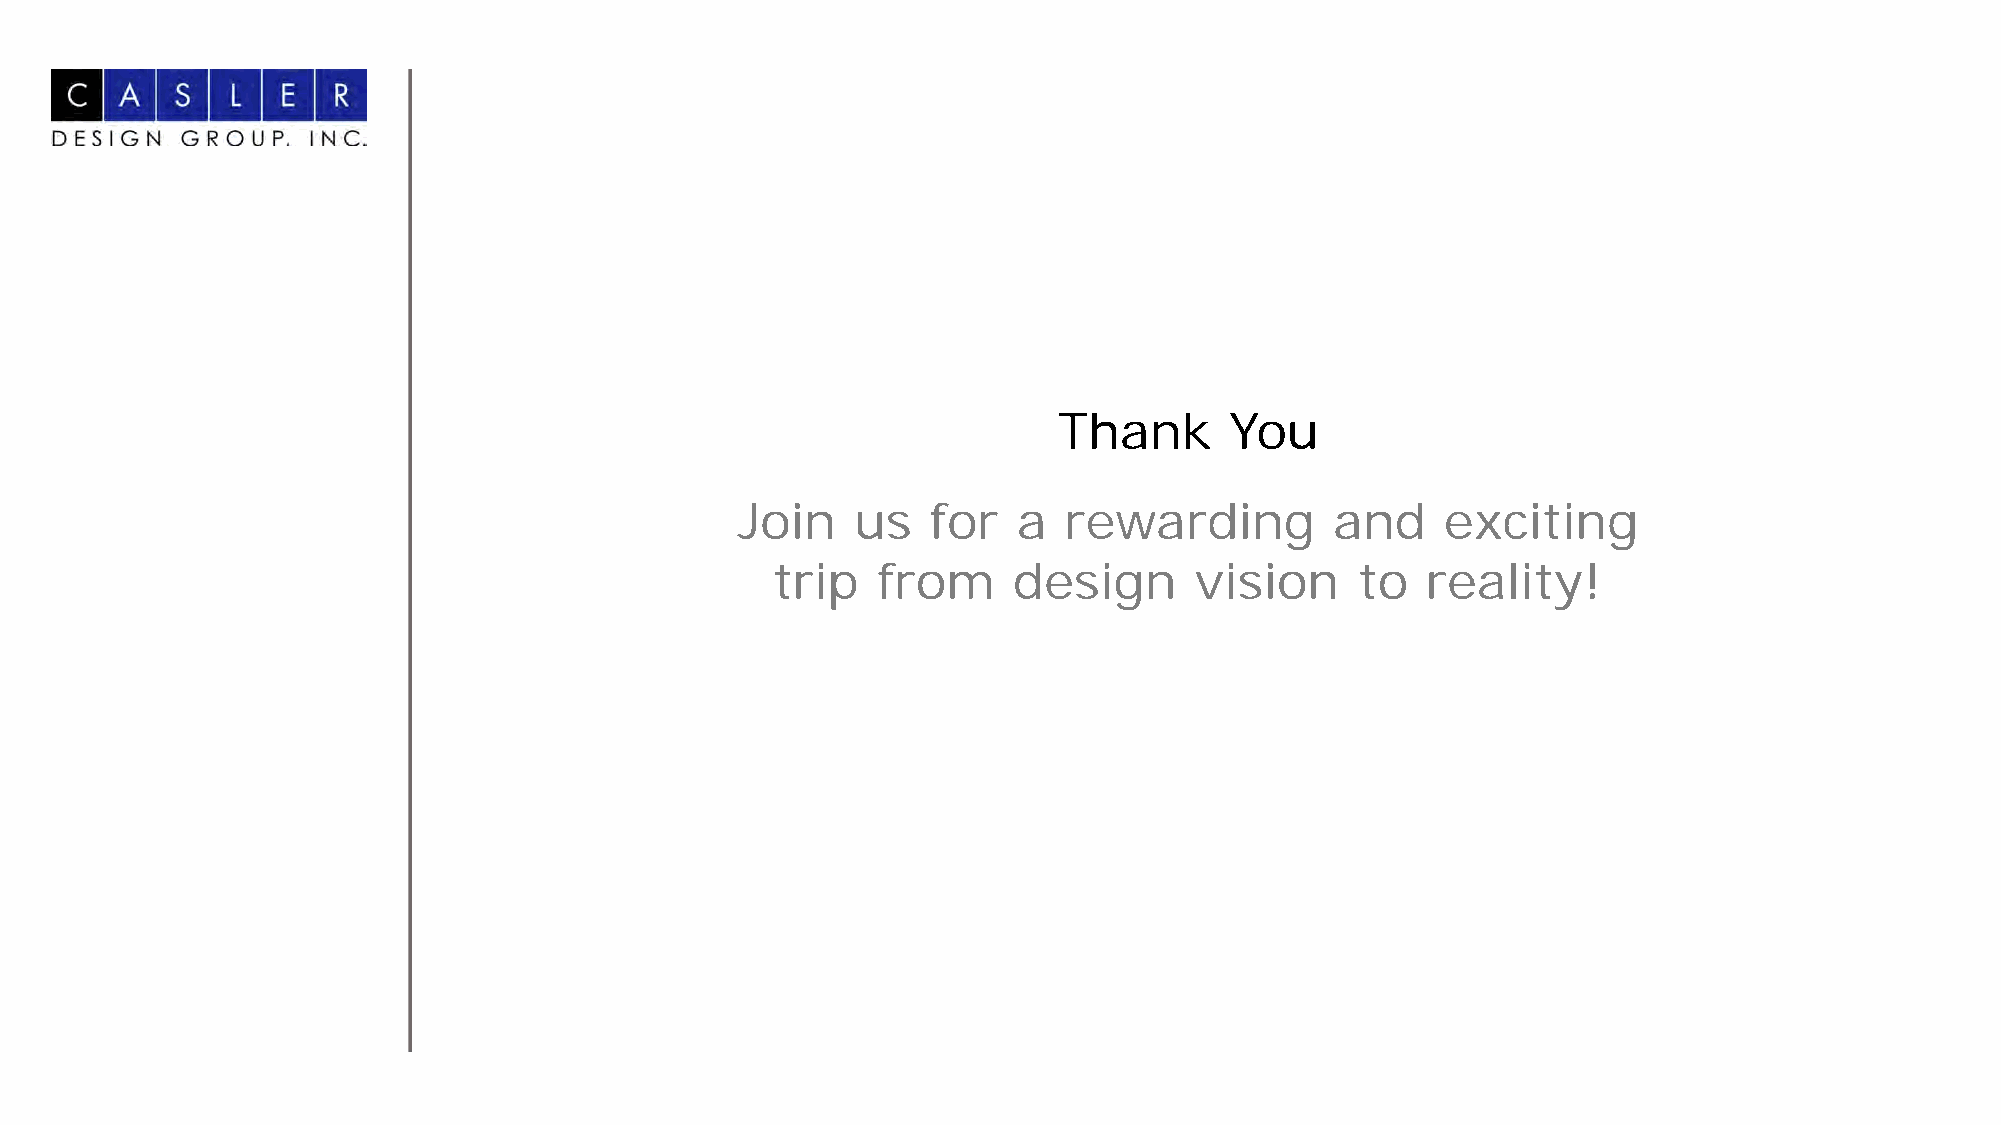
Thank      You
 Join    us   for  a  rewarding         and     exciting
 trip   from     design      vision     to  reality!